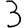
Digit: 3